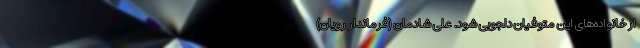
از خانواده‌های این متوفیان دلجویی شود. علی شادمان (فرماندار رویان)